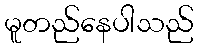
မူတည်နေပါသည်